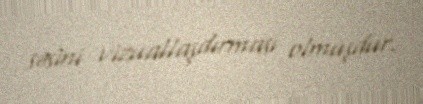
səsini vizuallaşdırması olmuşdur.